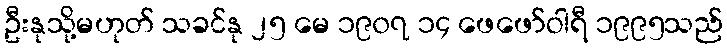
ဦးနုသို့မဟုတ် သခင်နု ၂၅ မေ ၁၉၀၇ ၁၄ ဖေဖော်ဝါရီ ၁၉၉၅သည်